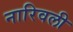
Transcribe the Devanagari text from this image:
नारिवली